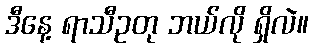
ဒီနေ့ ရာသီဥတု ဘယ်လို ရှိလဲ။